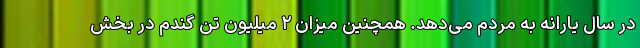
در سال یارانه به مردم می‌دهد. همچنین میزان ۲ میلیون تن گندم در بخش